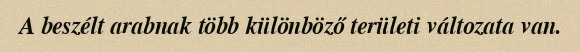
A beszélt arabnak több különböző területi változata van.